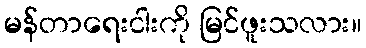
မန်တာရေးငါးကို မြင်ဖူးသလား။